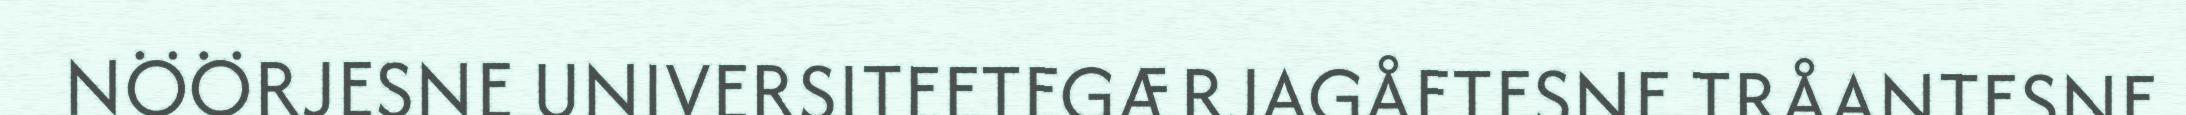
NÖÖRJESNE UNIVERSITEETEGÆRJAGÅETESNE TRÅANTESNE